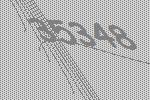
35348